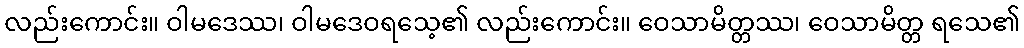
လည်းကောင်း။ ဝါမဒေဿ၊ ဝါမဒေဝရသေ့၏ လည်းကောင်း။ ဝေသာမိတ္တဿ၊ ဝေသာမိတ္တ ရသေ၏